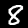
Label: 8